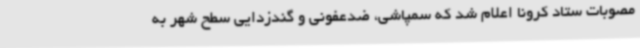
مصوبات ستاد کرونا اعلام شد که سمپاشی، ضدعفونی و گندزدایی سطح شهر به